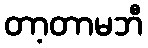
တာ့တာမဘီ